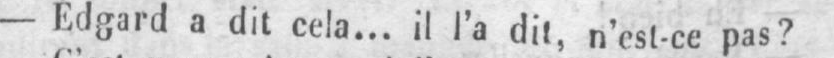
- Edgard a dit cela... il l’a dit, n’est-ce pas?